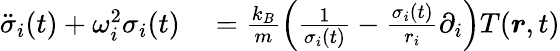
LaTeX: \begin{array}{rl}{\ddot{\sigma}_{i}(t)+\omega_{i}^{2}\sigma_{i}(t)}&{{}=\frac{k_{B}}{m}\left(\frac{1}{\sigma_{i}(t)}-\frac{\sigma_{i}(t)}{r_{i}}\partial_{i}\right)T(\boldsymbol{r},t)}\end{array}